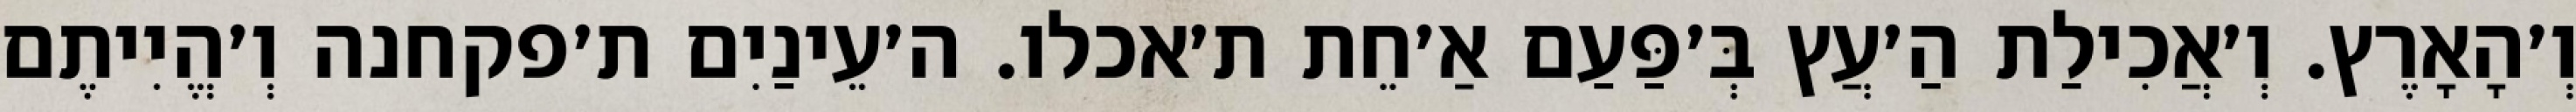
וְ׳הָאָרֶץ. וְ׳אֲכִילַת הַ׳עֲץ בְּ׳פַּעַם אַ׳חֵת ת׳אכלו. ה׳עֵינַיִם ת׳פקחנה וְ׳הֱיִיתֶם